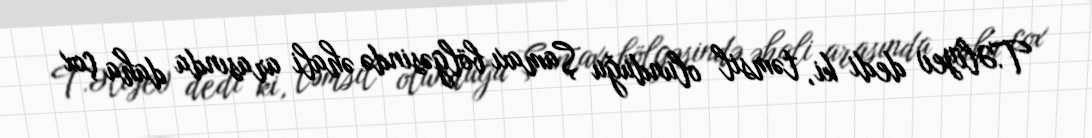
T.Əliyev dedi ki, təmsil olunduğu Şamaxı bölgəsində əhali arasında daha çox